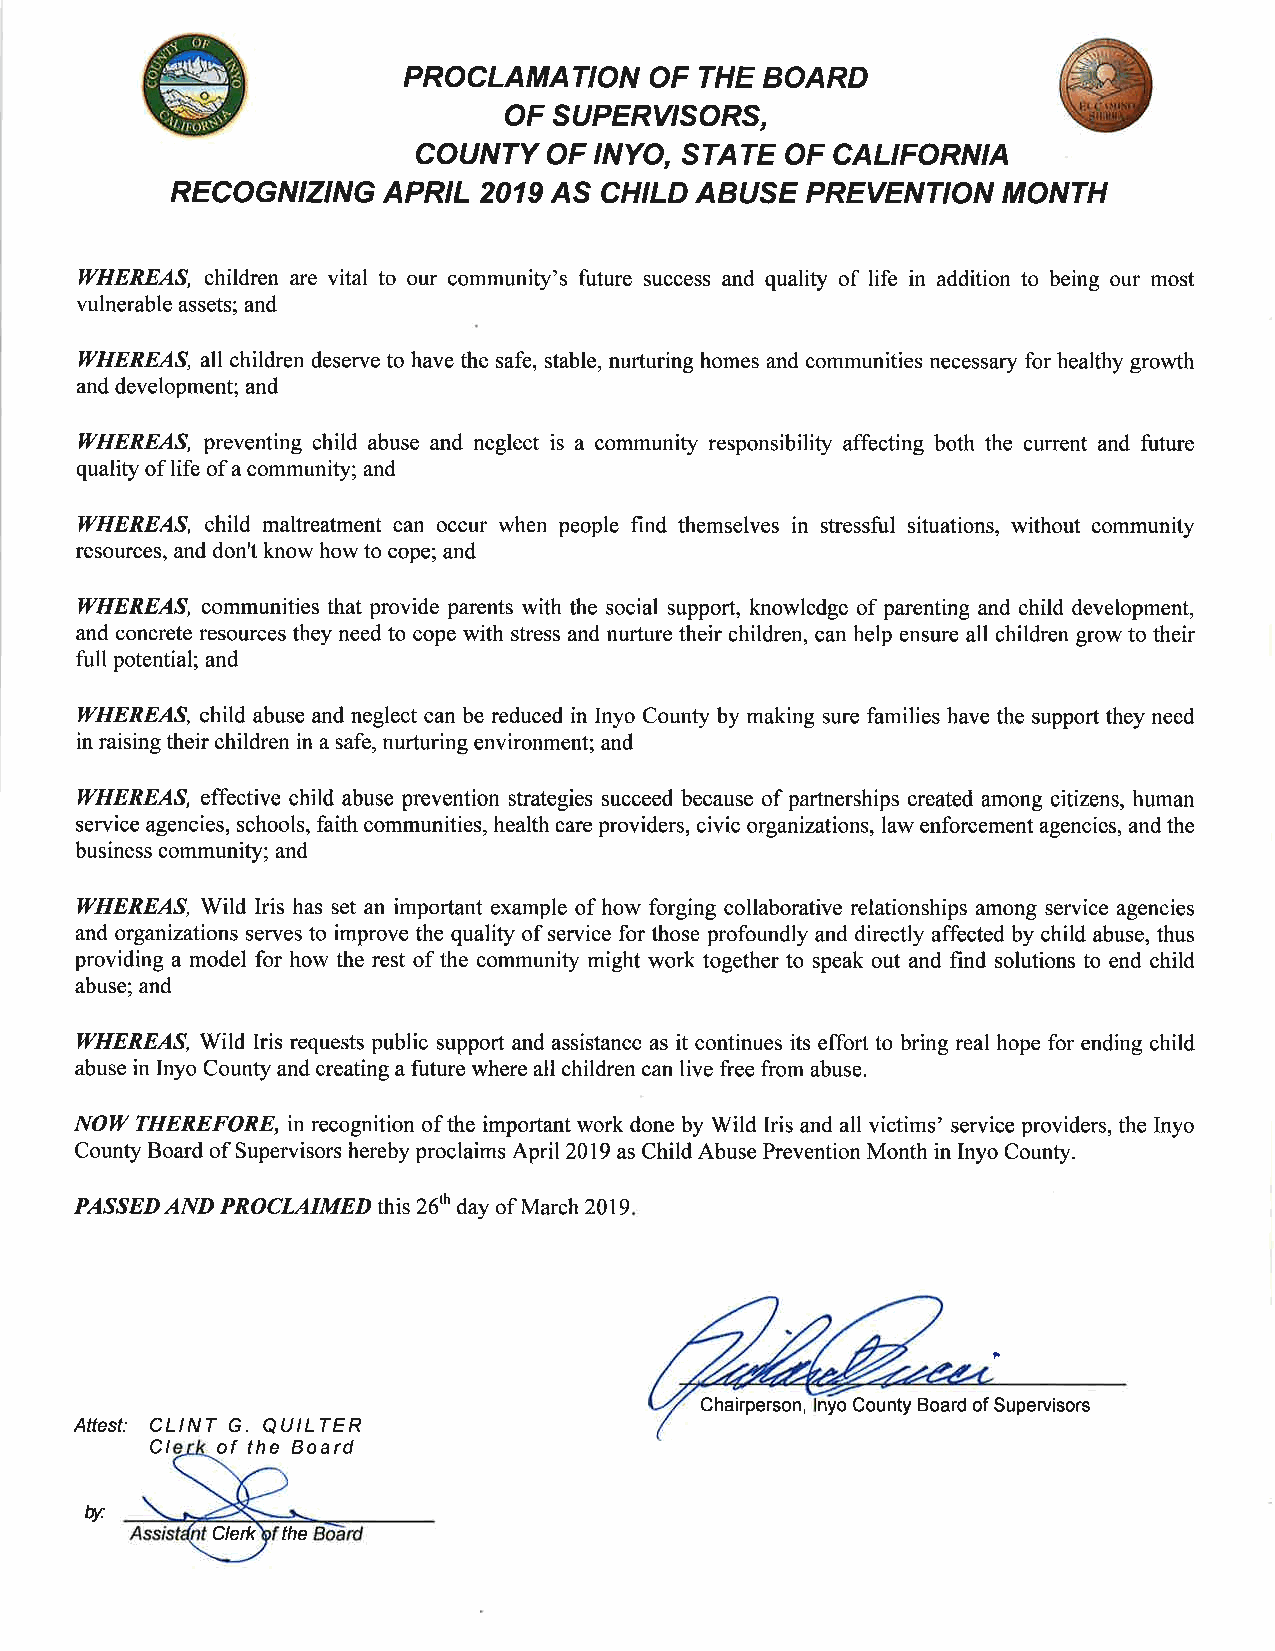
PROCLAMATION    OF THE  BOARD
 OF  SUPERY'SORS,
 COUNTY  OF  INYO, STATE OF CALIFORNIA
 RECOGNIZING   APRIL 2019 AS CHILD ABUSE   PREVENTION  MONTH
 WHEREAS, children are vital to our community's future success and quality of life in addition to being our most
 vulnerable assets; and
 WHEREAS, all children deserve to have the safe, stable, nurturing homes and communities necessary for healthy growth
 and development; and
 WHEREAS, preventing child abuse and neglect is a community responsibility affecting both the current and future
 quality of life of a community; and
 WHEREAS, child maltreatment can occur when people find themselves in stressful situations, without community
 resources, and don't know how to cope; and
 ItrHEREAS, communities that provide parents with the social support, knowledge of parenting and child development,
 and concrete resources they need to cope with stress and nurture their children, can help ensure all children grow to their
 full potential; and
 IVHEREAS, child abuse and neglect can be reduced in Inyo County by making sure families have the support they need
 in raising their children in a safe, nurturing environment; and
 WHEREAS, effective child abuse prevention strategies succeed because of partnerships created among citizens, human
 service agencies, schools, faith communities, health care providers, civic organizations, law enforcement agencies, and the
 business community; and
 WHEREAS, Wild Iris has set an important example of how forging collaborative relationships among service agencies
 and organizations serves to improve the quality of service for those profoundly and directly affected by child abuse, thus
 providing a model for how the rest of the community might work together to speak out and find solutions to end child
 abuse; and
 WHEREAS, Wild Iris requests public support and assistance as it continues its effort to bring real hope for ending child
 abuse in Inyo County and creating a future where all children can live free from abuse.
 NOW THEREFORE, in recognition of the important work done by Wild Iris and all victims' service providers, the Inyo
 County Board of Supervisors hereby proclaims April 2019 as Child Abuse Prevention Month in Inyo County.
 PASSED AND PROCL,/IIMED this 26th day of Marchz}lg
 Chairperson, nyo County Board of Supervisors
 Affest: CLINT G. QUILTER
 CI  of the Board
 W
 Cletu the